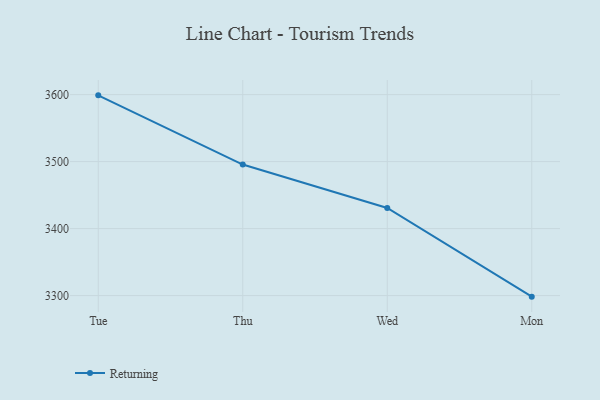
{"axis": {"x": "Day", "y": "Active Users"}, "legend": ["Returning"], "data": [{"x": "Tue", "y": 3598.9, "type": "Returning"}, {"x": "Thu", "y": 3495.6, "type": "Returning"}, {"x": "Wed", "y": 3430.8, "type": "Returning"}, {"x": "Mon", "y": 3298.4, "type": "Returning"}]}